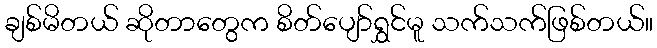
ချစ်မိတယ် ဆိုတာတွေက စိတ်ပျော်ရွှင်မူ သက်သက်ဖြစ်တယ်။